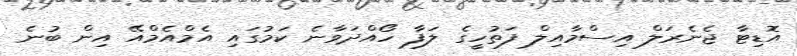
އޮޑިޓާ ޖެނެރަލް އިސްމާއިލް ފަތުހީގެ ލަފާ ހޯއްދަވާނެ ކަމުގައި އެމްއެމްއޭ އިން ބުނެ